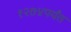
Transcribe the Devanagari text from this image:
१२७४पर्यंत